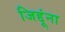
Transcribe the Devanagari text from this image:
जिद्दूंना